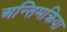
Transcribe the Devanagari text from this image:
अन्तिमक्रिया